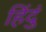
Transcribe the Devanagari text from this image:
हिंदुं